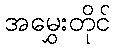
အမွှေးတိုင်